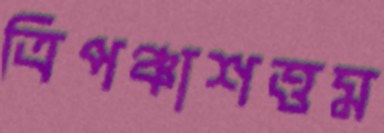
ত্রিপঞ্চাশত্তম